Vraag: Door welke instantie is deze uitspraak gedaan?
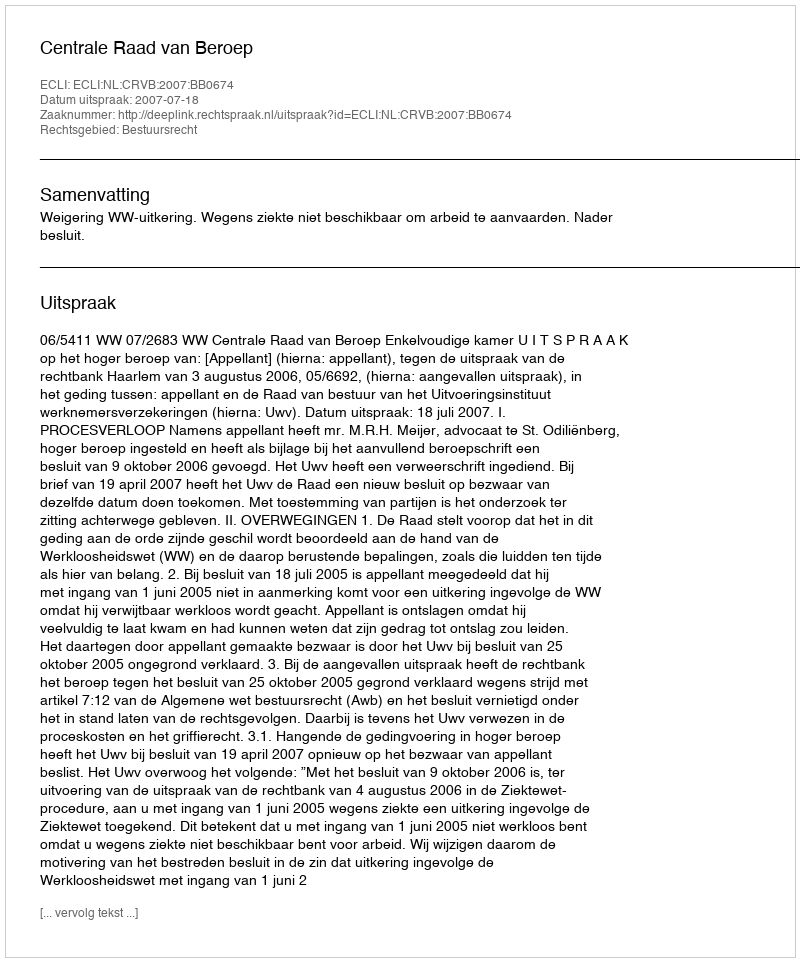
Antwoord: Centrale Raad van Beroep